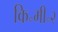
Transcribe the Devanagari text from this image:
कि॰मी॰२